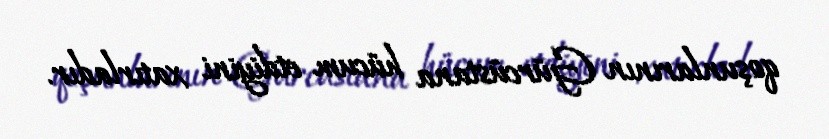
qoşunlarının Gürcüstana hücum etdiyini xatırladır.